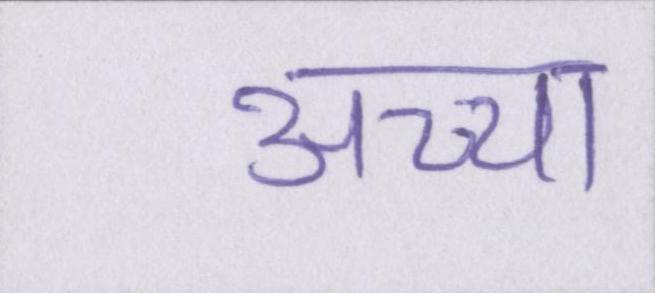
अच्चा